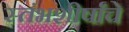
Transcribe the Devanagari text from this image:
स्तंभशीर्षांचे